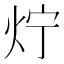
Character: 𤆼